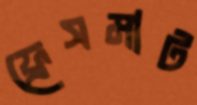
ফ্রেসমাট